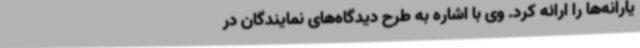
یارانه‌ها را ارائه کرد. وی با اشاره به طرح دیدگاه‌های نمایندگان در